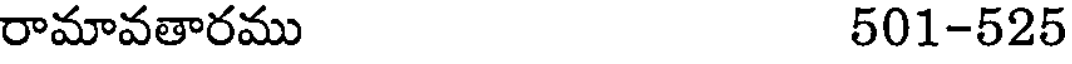
రామావతారము 501-525